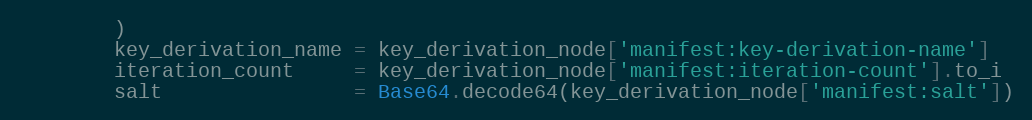
Language: Ruby
        )
        key_derivation_name = key_derivation_node['manifest:key-derivation-name']
        iteration_count     = key_derivation_node['manifest:iteration-count'].to_i
        salt                = Base64.decode64(key_derivation_node['manifest:salt'])